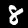
Digit: 8